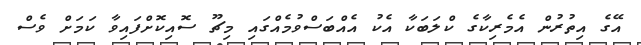
އޭގެ އިތުރުން އެމެރިކާގެ ކްލަބަކާ އެކު އެއްބަސްވުމެއްގައި މިޗޫ ސޮއިކޮށްފައިވާ ކަމަށް ވެސް